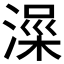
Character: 𱨀